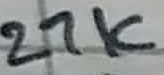
Text: 27K